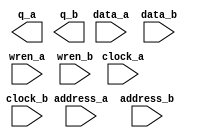
// megafunction wizard: %RAM: 2-PORT%VBB%
// GENERATION: STANDARD
// VERSION: WM1.0
// MODULE: altsyncram 

// ============================================================
// Megafunction Name(s):
// 			altsyncram
//
// Simulation Library Files(s):
// 			altera_mf
// ============================================================
// ************************************************************
// THIS IS A WIZARD-GENERATED FILE. DO NOT EDIT THIS FILE!
//
// 13.0.1 Build 232 06/12/2013 SP 1 SJ Web Edition
// ************************************************************

//Copyright (C) 1991-2013 Altera Corporation
//Your use of Altera Corporation's design tools, logic functions 
//and other software and tools, and its AMPP partner logic 
//functions, and any output files from any of the foregoing 
//(including device programming or simulation files), and any 
//associated documentation or information are expressly subject 
//to the terms and conditions of the Altera Program License 
//Subscription Agreement, Altera MegaCore Function License 
//Agreement, or other applicable license agreement, including, 
//without limitation, that your use is for the sole purpose of 
//programming logic devices manufactured by Altera and sold by 
//Altera or its authorized distributors.  Please refer to the 
//applicable agreement for further details.

module screen_buffer (
	address_a,
	address_b,
	clock_a,
	clock_b,
	data_a,
	data_b,
	wren_a,
	wren_b,
	q_a,
	q_b);

	input	[14:0]  address_a;
	input	[14:0]  address_b;
	input	  clock_a;
	input	  clock_b;
	input	[11:0]  data_a;
	input	[11:0]  data_b;
	input	  wren_a;
	input	  wren_b;
	output	[11:0]  q_a;
	output	[11:0]  q_b;
`ifndef ALTERA_RESERVED_QIS
// synopsys translate_off
`endif
	tri1	  clock_a;
	tri0	  wren_a;
	tri0	  wren_b;
`ifndef ALTERA_RESERVED_QIS
// synopsys translate_on
`endif

endmodule

// ============================================================
// CNX file retrieval info
// ============================================================
// Retrieval info: PRIVATE: ADDRESSSTALL_A NUMERIC "0"
// Retrieval info: PRIVATE: ADDRESSSTALL_B NUMERIC "0"
// Retrieval info: PRIVATE: BYTEENA_ACLR_A NUMERIC "0"
// Retrieval info: PRIVATE: BYTEENA_ACLR_B NUMERIC "0"
// Retrieval info: PRIVATE: BYTE_ENABLE_A NUMERIC "0"
// Retrieval info: PRIVATE: BYTE_ENABLE_B NUMERIC "0"
// Retrieval info: PRIVATE: BYTE_SIZE NUMERIC "9"
// Retrieval info: PRIVATE: BlankMemory NUMERIC "1"
// Retrieval info: PRIVATE: CLOCK_ENABLE_INPUT_A NUMERIC "0"
// Retrieval info: PRIVATE: CLOCK_ENABLE_INPUT_B NUMERIC "0"
// Retrieval info: PRIVATE: CLOCK_ENABLE_OUTPUT_A NUMERIC "0"
// Retrieval info: PRIVATE: CLOCK_ENABLE_OUTPUT_B NUMERIC "0"
// Retrieval info: PRIVATE: CLRdata NUMERIC "0"
// Retrieval info: PRIVATE: CLRq NUMERIC "0"
// Retrieval info: PRIVATE: CLRrdaddress NUMERIC "0"
// Retrieval info: PRIVATE: CLRrren NUMERIC "0"
// Retrieval info: PRIVATE: CLRwraddress NUMERIC "0"
// Retrieval info: PRIVATE: CLRwren NUMERIC "0"
// Retrieval info: PRIVATE: Clock NUMERIC "5"
// Retrieval info: PRIVATE: Clock_A NUMERIC "0"
// Retrieval info: PRIVATE: Clock_B NUMERIC "0"
// Retrieval info: PRIVATE: IMPLEMENT_IN_LES NUMERIC "0"
// Retrieval info: PRIVATE: INDATA_ACLR_B NUMERIC "0"
// Retrieval info: PRIVATE: INDATA_REG_B NUMERIC "1"
// Retrieval info: PRIVATE: INIT_FILE_LAYOUT STRING "PORT_A"
// Retrieval info: PRIVATE: INIT_TO_SIM_X NUMERIC "0"
// Retrieval info: PRIVATE: INTENDED_DEVICE_FAMILY STRING "Cyclone II"
// Retrieval info: PRIVATE: JTAG_ENABLED NUMERIC "0"
// Retrieval info: PRIVATE: JTAG_ID STRING "NONE"
// Retrieval info: PRIVATE: MAXIMUM_DEPTH NUMERIC "0"
// Retrieval info: PRIVATE: MEMSIZE NUMERIC "230400"
// Retrieval info: PRIVATE: MEM_IN_BITS NUMERIC "0"
// Retrieval info: PRIVATE: MIFfilename STRING "display.mif"
// Retrieval info: PRIVATE: OPERATION_MODE NUMERIC "3"
// Retrieval info: PRIVATE: OUTDATA_ACLR_B NUMERIC "0"
// Retrieval info: PRIVATE: OUTDATA_REG_B NUMERIC "1"
// Retrieval info: PRIVATE: RAM_BLOCK_TYPE NUMERIC "2"
// Retrieval info: PRIVATE: READ_DURING_WRITE_MODE_MIXED_PORTS NUMERIC "2"
// Retrieval info: PRIVATE: READ_DURING_WRITE_MODE_PORT_A NUMERIC "3"
// Retrieval info: PRIVATE: READ_DURING_WRITE_MODE_PORT_B NUMERIC "3"
// Retrieval info: PRIVATE: REGdata NUMERIC "1"
// Retrieval info: PRIVATE: REGq NUMERIC "1"
// Retrieval info: PRIVATE: REGrdaddress NUMERIC "0"
// Retrieval info: PRIVATE: REGrren NUMERIC "0"
// Retrieval info: PRIVATE: REGwraddress NUMERIC "1"
// Retrieval info: PRIVATE: REGwren NUMERIC "1"
// Retrieval info: PRIVATE: SYNTH_WRAPPER_GEN_POSTFIX STRING "0"
// Retrieval info: PRIVATE: USE_DIFF_CLKEN NUMERIC "0"
// Retrieval info: PRIVATE: UseDPRAM NUMERIC "1"
// Retrieval info: PRIVATE: VarWidth NUMERIC "0"
// Retrieval info: PRIVATE: WIDTH_READ_A NUMERIC "12"
// Retrieval info: PRIVATE: WIDTH_READ_B NUMERIC "12"
// Retrieval info: PRIVATE: WIDTH_WRITE_A NUMERIC "12"
// Retrieval info: PRIVATE: WIDTH_WRITE_B NUMERIC "12"
// Retrieval info: PRIVATE: WRADDR_ACLR_B NUMERIC "0"
// Retrieval info: PRIVATE: WRADDR_REG_B NUMERIC "1"
// Retrieval info: PRIVATE: WRCTRL_ACLR_B NUMERIC "0"
// Retrieval info: PRIVATE: enable NUMERIC "0"
// Retrieval info: PRIVATE: rden NUMERIC "0"
// Retrieval info: LIBRARY: altera_mf altera_mf.altera_mf_components.all
// Retrieval info: CONSTANT: ADDRESS_REG_B STRING "CLOCK1"
// Retrieval info: CONSTANT: CLOCK_ENABLE_INPUT_A STRING "BYPASS"
// Retrieval info: CONSTANT: CLOCK_ENABLE_INPUT_B STRING "BYPASS"
// Retrieval info: CONSTANT: CLOCK_ENABLE_OUTPUT_A STRING "BYPASS"
// Retrieval info: CONSTANT: CLOCK_ENABLE_OUTPUT_B STRING "BYPASS"
// Retrieval info: CONSTANT: INDATA_REG_B STRING "CLOCK1"
// Retrieval info: CONSTANT: INTENDED_DEVICE_FAMILY STRING "Cyclone II"
// Retrieval info: CONSTANT: LPM_TYPE STRING "altsyncram"
// Retrieval info: CONSTANT: NUMWORDS_A NUMERIC "19200"
// Retrieval info: CONSTANT: NUMWORDS_B NUMERIC "19200"
// Retrieval info: CONSTANT: OPERATION_MODE STRING "BIDIR_DUAL_PORT"
// Retrieval info: CONSTANT: OUTDATA_ACLR_A STRING "NONE"
// Retrieval info: CONSTANT: OUTDATA_ACLR_B STRING "NONE"
// Retrieval info: CONSTANT: OUTDATA_REG_A STRING "CLOCK0"
// Retrieval info: CONSTANT: OUTDATA_REG_B STRING "CLOCK1"
// Retrieval info: CONSTANT: POWER_UP_UNINITIALIZED STRING "FALSE"
// Retrieval info: CONSTANT: RAM_BLOCK_TYPE STRING "M4K"
// Retrieval info: CONSTANT: WIDTHAD_A NUMERIC "15"
// Retrieval info: CONSTANT: WIDTHAD_B NUMERIC "15"
// Retrieval info: CONSTANT: WIDTH_A NUMERIC "12"
// Retrieval info: CONSTANT: WIDTH_B NUMERIC "12"
// Retrieval info: CONSTANT: WIDTH_BYTEENA_A NUMERIC "1"
// Retrieval info: CONSTANT: WIDTH_BYTEENA_B NUMERIC "1"
// Retrieval info: CONSTANT: WRCONTROL_WRADDRESS_REG_B STRING "CLOCK1"
// Retrieval info: USED_PORT: address_a 0 0 15 0 INPUT NODEFVAL "address_a[14..0]"
// Retrieval info: USED_PORT: address_b 0 0 15 0 INPUT NODEFVAL "address_b[14..0]"
// Retrieval info: USED_PORT: clock_a 0 0 0 0 INPUT VCC "clock_a"
// Retrieval info: USED_PORT: clock_b 0 0 0 0 INPUT NODEFVAL "clock_b"
// Retrieval info: USED_PORT: data_a 0 0 12 0 INPUT NODEFVAL "data_a[11..0]"
// Retrieval info: USED_PORT: data_b 0 0 12 0 INPUT NODEFVAL "data_b[11..0]"
// Retrieval info: USED_PORT: q_a 0 0 12 0 OUTPUT NODEFVAL "q_a[11..0]"
// Retrieval info: USED_PORT: q_b 0 0 12 0 OUTPUT NODEFVAL "q_b[11..0]"
// Retrieval info: USED_PORT: wren_a 0 0 0 0 INPUT GND "wren_a"
// Retrieval info: USED_PORT: wren_b 0 0 0 0 INPUT GND "wren_b"
// Retrieval info: CONNECT: @address_a 0 0 15 0 address_a 0 0 15 0
// Retrieval info: CONNECT: @address_b 0 0 15 0 address_b 0 0 15 0
// Retrieval info: CONNECT: @clock0 0 0 0 0 clock_a 0 0 0 0
// Retrieval info: CONNECT: @clock1 0 0 0 0 clock_b 0 0 0 0
// Retrieval info: CONNECT: @data_a 0 0 12 0 data_a 0 0 12 0
// Retrieval info: CONNECT: @data_b 0 0 12 0 data_b 0 0 12 0
// Retrieval info: CONNECT: @wren_a 0 0 0 0 wren_a 0 0 0 0
// Retrieval info: CONNECT: @wren_b 0 0 0 0 wren_b 0 0 0 0
// Retrieval info: CONNECT: q_a 0 0 12 0 @q_a 0 0 12 0
// Retrieval info: CONNECT: q_b 0 0 12 0 @q_b 0 0 12 0
// Retrieval info: GEN_FILE: TYPE_NORMAL screen_buffer.v TRUE
// Retrieval info: GEN_FILE: TYPE_NORMAL screen_buffer.inc FALSE
// Retrieval info: GEN_FILE: TYPE_NORMAL screen_buffer.cmp FALSE
// Retrieval info: GEN_FILE: TYPE_NORMAL screen_buffer.bsf TRUE
// Retrieval info: GEN_FILE: TYPE_NORMAL screen_buffer_inst.v FALSE
// Retrieval info: GEN_FILE: TYPE_NORMAL screen_buffer_bb.v TRUE
// Retrieval info: GEN_FILE: TYPE_NORMAL screen_buffer_waveforms.html TRUE
// Retrieval info: GEN_FILE: TYPE_NORMAL screen_buffer_wave*.jpg FALSE
// Retrieval info: LIB_FILE: altera_mf